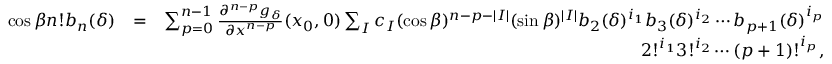
\begin{array} { r l r } { \cos \beta n ! b _ { n } ( \delta ) } & { = } & { \sum _ { p = 0 } ^ { n - 1 } \frac { \partial ^ { n - p } g _ { \delta } } { \partial x ^ { n - p } } ( x _ { 0 } , 0 ) \sum _ { I } c _ { I } ( \cos \beta ) ^ { n - p - | I | } ( \sin \beta ) ^ { | I | } b _ { 2 } ( \delta ) ^ { i _ { 1 } } b _ { 3 } ( \delta ) ^ { i _ { 2 } } \cdots b _ { p + 1 } ( \delta ) ^ { i _ { p } } } \\ & { } & { 2 ! ^ { i _ { 1 } } 3 ! ^ { i _ { 2 } } \cdots ( p + 1 ) ! ^ { i _ { p } } , } \end{array}